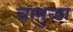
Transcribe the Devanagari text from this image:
चामुन्डा